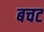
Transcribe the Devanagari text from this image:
बचट